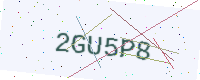
Text: 2GU5P8